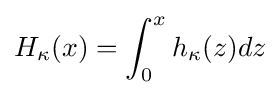
H_{\kappa }(x)=\int _{0}^{x}h_{\kappa }(z)dz